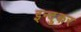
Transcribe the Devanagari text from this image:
इन्दुकर